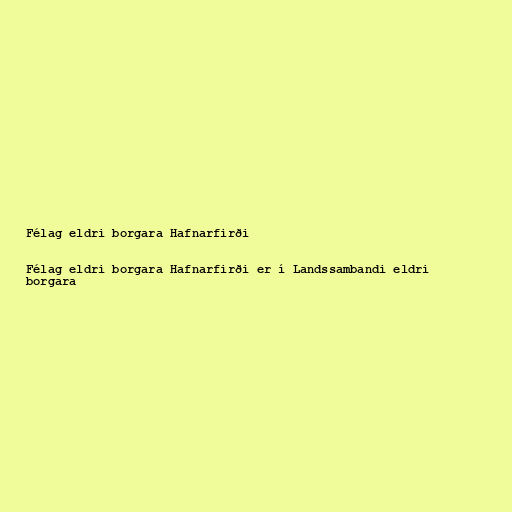
Félag eldri borgara Hafnarfirði

Félag eldri borgara Hafnarfirði er í Landssambandi eldri
borgara